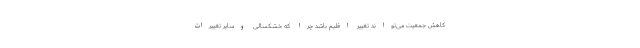
کاهش جمعیت می‌تواند تغییر اقلیم باشد چرا که خشکسالی وسایر تغییرات